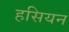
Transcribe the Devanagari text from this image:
हसियन